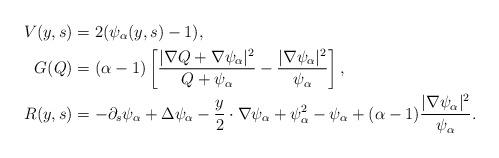
LaTeX: \begin{align*}V(y,s) &= 2(\psi_\alpha(y,s) - 1),\\ G(Q)& = (\alpha - 1)\left[\frac{|\nabla Q + \nabla \psi_\alpha|^2}{Q + \psi_\alpha} - \frac{|\nabla \psi_\alpha|^2}{\psi_\alpha} \right],\\R(y,s) &= -\partial_s \psi_\alpha + \Delta \psi_\alpha - \frac{y}{2}\cdot\nabla \psi_\alpha+\psi_\alpha^2 - \psi_\alpha + (\alpha - 1)\frac{|\nabla \psi_\alpha|^2}{\psi_\alpha}. \end{align*}